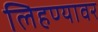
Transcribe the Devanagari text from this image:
लिहण्यावर